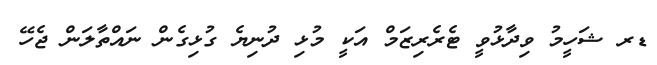
ޑރ ޝަހީމު ވިދާޅުވީ ޓެރެރިޒަމް އަކީ މުޅި ދުނިޔެ ގުޅިގެން ނައްތާލަން ޖެހޭ